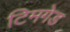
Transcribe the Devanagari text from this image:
टिमगेड